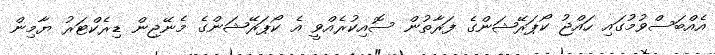
އެއްބަސްވުމުގައި ހައްޖު ކޯޕަރޭޝަންގެ ފަރާތުން ސޮއިކުރެއްވީ އެ ކޯޕަރޭޝަންގެ މެނޭޖިން ޑިރެކްޓަރު ޔާމިން